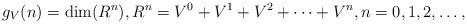
LaTeX: \begin{align*}g_V(n)=\dim(R^n),R^n=V^0+V^1+V^2+\cdots+V^n,n=0,1,2,\ldots,\end{align*}